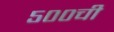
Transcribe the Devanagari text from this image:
५००ची